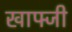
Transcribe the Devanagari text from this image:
खाफ्जी